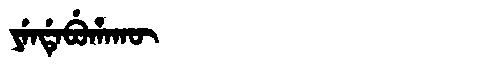
Manchu: ᠶᡝᠨᡩᡝᠪᡠᡥᠠᡴᡡ
Romanization: YENDEBUHAKŪ